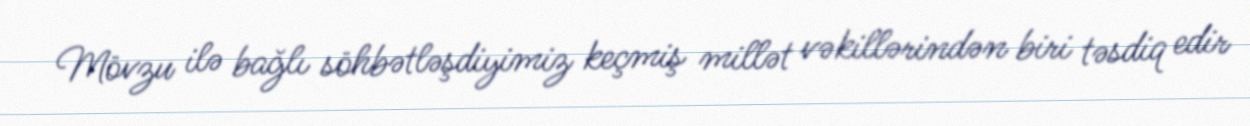
Mövzu ilə bağlı söhbətləşdiyimiz keçmiş millət vəkillərindən biri təsdiq edir